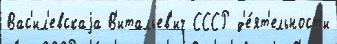
Вас'ил'евскаjа В'итальев'ич СССР д'е́ят'ельност'и